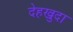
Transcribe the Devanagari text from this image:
देहखुदा